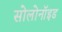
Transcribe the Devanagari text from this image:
सोलोनॉइड